Triennial report on the lunatic asylums in the province of Eastern Bengal and Assam - 1903-1911
Year: 1903
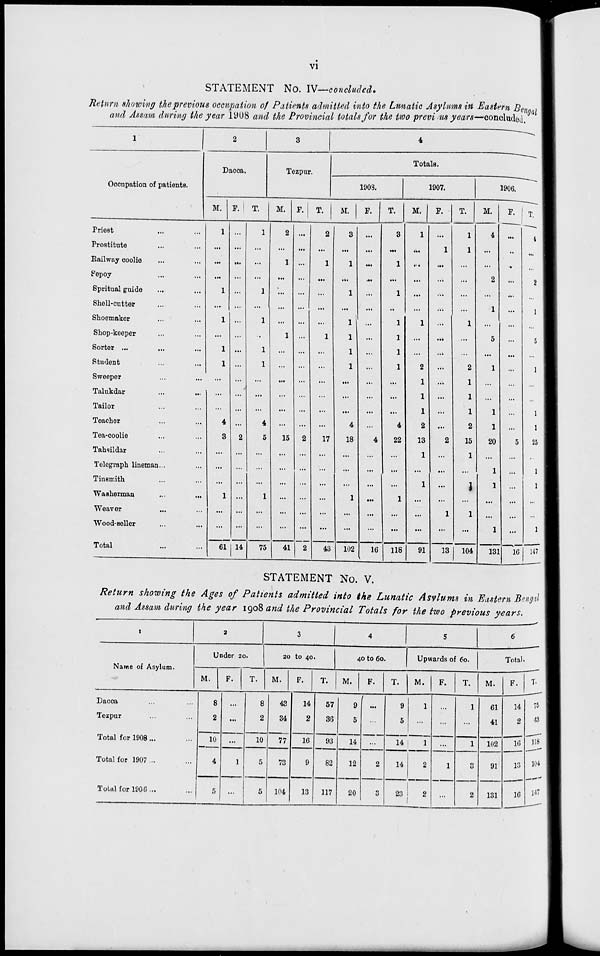
vi
STATEMENT No. IV—concluded.
Return showing the previous occupation of Patients admitted into the Lumatic Asylums in Eastern Bengal
and Assam during the year 1908 and the Provincial totals for the two previous years—concluded.
1
Occupation of patients.
Priest ... ...
Prostitute ... ...
Railway coolie ... ...
Sepoy ... ...
Spritual guide ... ...
Shell-cutter ... ...
Shoe-maker ... ...
Shop-keeper ... ...
Sorter ... ... ...
Student ... ...
Sweeper ... ...
Talukdar
...
...
Tailor ... ...
Teacher ... ...
Tea-coolie ... ...
Tahsildar ... ...
Telegraph lineman ... ...
Tinsmith ... ...
Washerman ... ...
Weaver ... ...
Wood-seller ... ...
Total ... ...
2
Dacca.
M.
1
...
...
...
1
...
1
...
1
1
...
...
...
4
3
...
...
...
1
...
...
61
F.
...
...
...
...
...
...
...
...
...
...
...
...
...
...
2
...
...
...
...
...
...
14
T.
1
...
...
...
1
...
1
...
1
1
...
...
...
4
6
...
...
...
1
...
...
75
3
Tezpur.
M.
2
...
1
...
...
...
...
1
...
...
...
...
...
...
15
...
...
...
...
...
...
41
F.
...
...
...
...
...
...
...
...
...
...
...
...
...
...
2
...
...
...
...
...
...
2
T.
2
...
1
...
...
...
...
1
...
...
...
...
...
...
17
...
...
...
...
...
...
43
4
Totals.
1903.
M.
3
...
1
...
1
...
1
1
1
1
...
...
...
4
18
...
...
...
1
...
...
102
F.
...
...
...
...
...
...
...
...
...
...
...
...
...
...
4
...
...
...
...
...
...
16
T.
3
...
1
...
1
..
1
1
1
1
...
...
...
4
22
...
...
...
1
...
...
118
1907.
M.
1
...
...
...
...
...
1
...
...
2
1
1
1
2
13
1
1
...
...
...
91
F.
...
1
...
...
...
...
...
...
...
...
...
...
...
...
2
...
...
...
...
1
...
13
T.
1
1
...
...
...
...
1
...
...
2
1
1
1
2
15
1
...
1
...
1
...
104
1906.
M.
4
...
...
2
...
1
...
5
...
1
...
...
1
1
20
...
1
1
...
...
1
131
F.
...
..
..
...
...
...
...
...
...
...
...
...
...
...
5
...
...
...
...
...
...
16
T.
4
...
...
2
...
1
...
5
...
1
...
...
1
1
25
...
1
1
...
...
1
147
STATEMENT No. V.
Return showing the Ages of Patients admitted into the Lunatic Asylums in Eastern Bengal
and Assam during the year 1908 and the Provincial Totals for the two previous years.
1
Name of Asylum.
Dacca ... ...
Tezpur ... ...
Total for 1908...
Total for 1907 ...
Total for 1906 ...
2
Under 20.
M.
8
2
10
4
5
F.
...
...
...
1
...
T.
8
2
10
5
5
3
20 to 40.
M.
43
34
77
73
104
F.
14
2
16
9
13
T.
57
36
93
82
117
4
40 to 60.
M.
9
5
14
12
20
F.
...
...
...
2
3
T.
9
5
14
14
23
5
Upwards of 60.
M.
1
...
1
2
2
F.
...
...
...
1
...
T.
1
...
1
3
2
6
Total.
M.
61
41
102
91
131
F.
14
2
16
13
16
T.
75
43
118
104
147